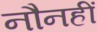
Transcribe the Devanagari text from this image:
नौनहीं